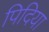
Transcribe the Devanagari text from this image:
पिदिया